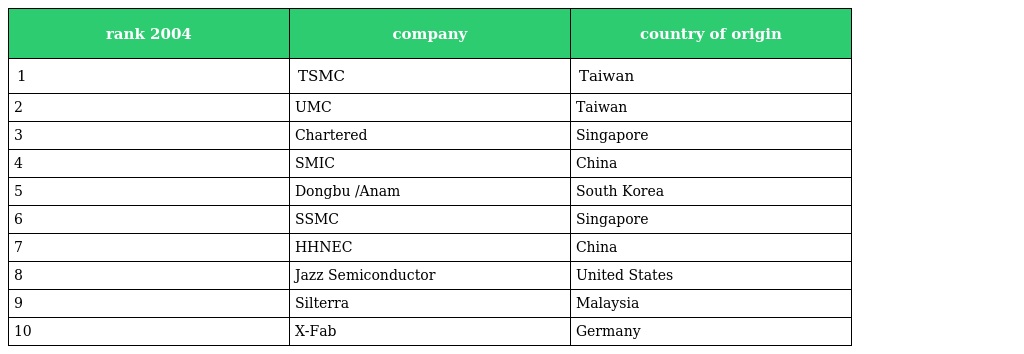
| rank 2004 | company | country of origin |
 | --- | --- | --- |
 | 1 | TSMC | Taiwan |
 | 2 | UMC | Taiwan |
 | 3 | Chartered | Singapore |
 | 4 | SMIC | China |
 | 5 | Dongbu /Anam | South Korea |
 | 6 | SSMC | Singapore |
 | 7 | HHNEC | China |
 | 8 | Jazz Semiconductor | United States |
 | 9 | Silterra | Malaysia |
 | 10 | X-Fab | Germany |